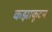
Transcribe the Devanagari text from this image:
कझाकूटम